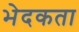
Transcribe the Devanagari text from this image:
भेदकता